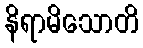
နိရာမိသောတိ